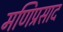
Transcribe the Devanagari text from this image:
मणिप्रसाद